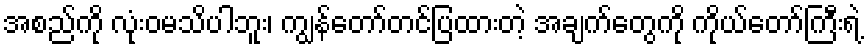
အစည်ကို လုံးဝမသိပါဘူး၊ ကျွန်တော်တင်ပြထားတဲ့ အချက်တွေကို ကိုယ်တော်ကြီးရဲ့